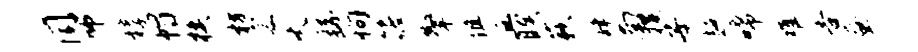
同师椁帽模枋宸火繇恂筱擎阻丘睽蔌肆南攫子超唏难告蚕